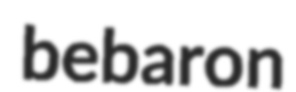
bebaron